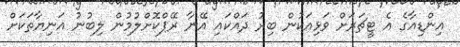
އިންޑިއާގެ އެ ޓީޗަރަށް ވަޅިއަކުން ބިރު ދައްކައި އޭނާ ރޭޕްކޮށްލުމުން ލިބުނު އަނިޔާތަކަށް